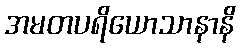
အမတပရိယောသာနာနိ